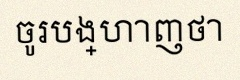
ចូរបង្ហាញថា